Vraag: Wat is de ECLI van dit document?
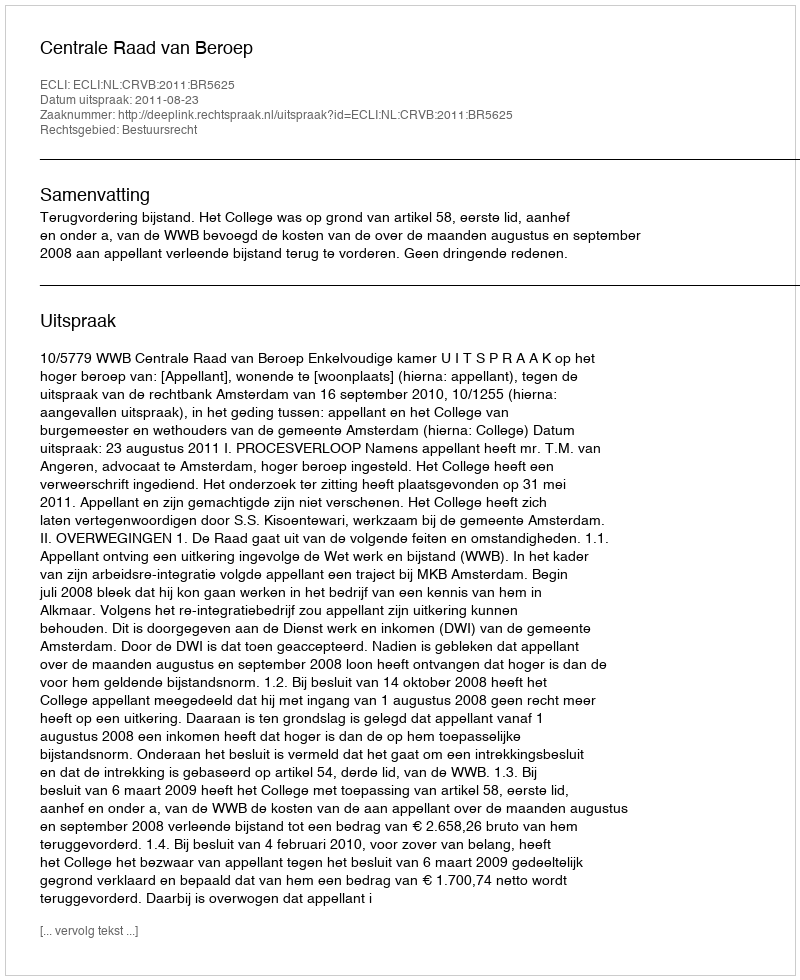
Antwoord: ECLI:NL:CRVB:2011:BR5625